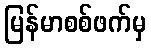
မြန်မာစစ်ဖက်မှ